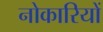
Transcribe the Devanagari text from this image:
नोकारियों